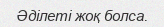
Әділеті жоқ болса.